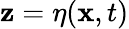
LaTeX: \mathbf{z}=\eta(\mathbf{{x}},t)